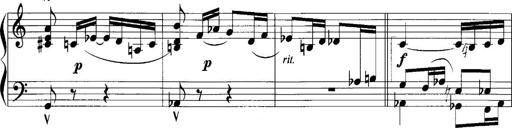
Title: Sonatina No.1
Composer: Otto Stoll
Key: C major